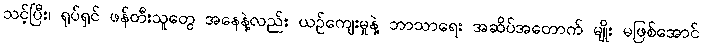
သင့်ပြီး၊ ရုပ်ရှင် ဖန်တီးသူတွေ အနေနဲ့လည်း ယဉ်ကျေးမှုနဲ့ ဘာသာရေး အဆိပ်အတောက် မျိုး မဖြစ်အောင်